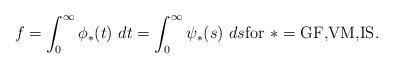
LaTeX: \begin{align*}f = \int_0^\infty \phi_*(t)~dt = \int_0^\infty \psi_*(s)~ds \mbox{for~}*=\mbox{GF,VM,IS}.\end{align*}